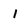
Character: 1